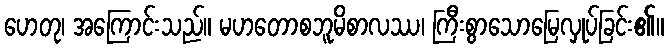
ဟေတု၊ အကြောင်းသည်။ မဟတောစဘူမိစာလဿ၊ ကြီးစွာသောမြေလှုပ်ခြင်း၏။